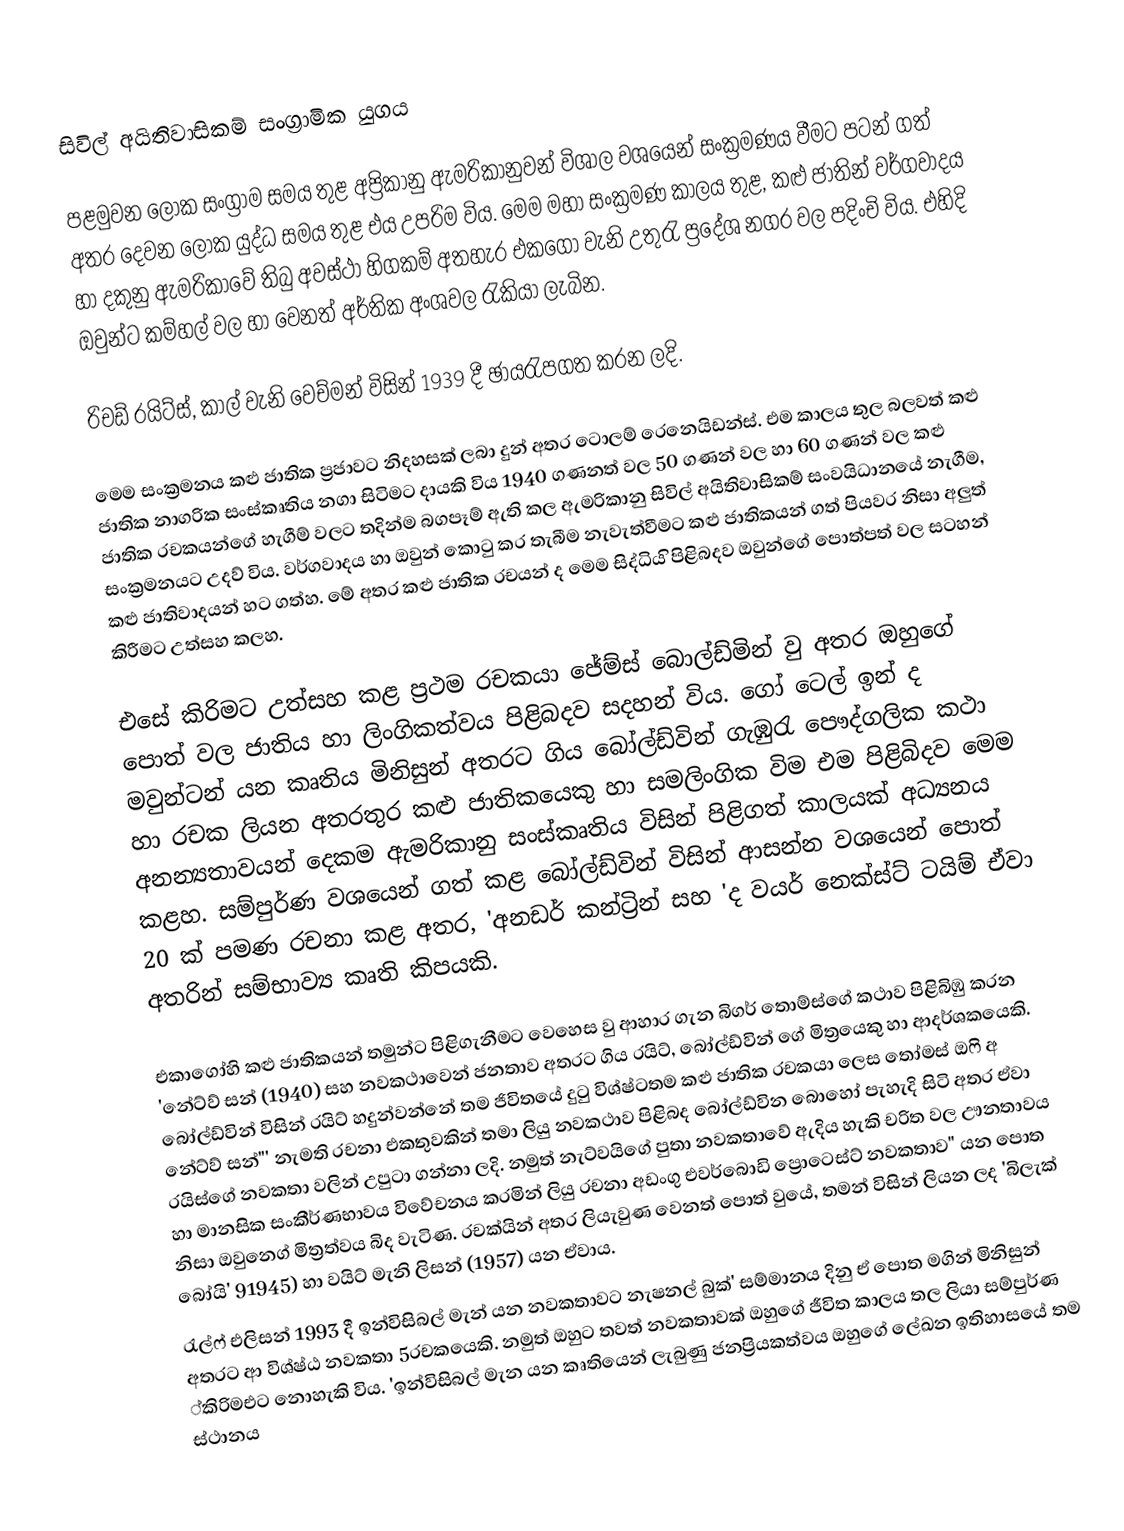
සිවිල් අයිතිවාසිකම් සංග්‍රාමික යුගය

	පළමුවන ලෝක සංග්‍රාම සමය තුළ අප්‍රිකානු ඇමරිකානුවන් විශාල වශයෙන් සංක්‍රමණය වීමට පටන් ගත් අතර දෙවන ලෝක යුද්ධ සමය තුළ එය උපරිම විය. මෙම මහා සංක්‍රමණ කාලය තුළ, කළු ජාතින් වර්ගවාදය හා දකුනු ඇමරික‍ාවේ තිබු අවස්ථා හිගකම් අතහැර එකගෝ වැනි උතුරැ ප්‍රදේශ නගර වල පදිංචි විය. එහිදි ඔවුන්ට කම්හල් වල හා වෙනත් අර්තික අංශවල රැකියා ලැබින.

රිචඩ් රයිට්ස්, කාල් වැනි වෙච්මන් විසින් 1939 දී ඡායරැපගත කරන ලදි.

	මෙම සංක්‍රමනය කළු ජාතික ප්‍රජාවට නිදහසක් ලබා දුන් අතර ටොලම් රෙනෙයිඩන්ස්. එම කාලය තුල බලවත් කළු ජාතික නාගරික සංස්කෘතිය නගා සිටිමට දායකි විය 1940 ගණනත් වල 50 ගණන් වල හා 60 ගණන් වල කළු ජාතික රචකයන්ගේ හැගීම් වලට තදින්ම බගපෑම් ඇති කල ඇමරිකානු සිවිල් අයිතිවාසිකම් සංවයිධානයේ නැගී‍ම, සංක්‍රමනයට උදව් විය. වර්ගවාදය හා ඔවුන් කොටු කර තැබී‍ම නැවැත්වීමට කළු ජාතිකයන් ගත් පියවර නිසා අලුත් කළු ජාතිවාදයන් හට ගත්හ. මේ අතර කළු ජාතික රචයන් ද මෙම සිද්ධිය ිපිළිබදව ඔවුන්ගේ පොත්පත් වල සටහන් කිරීමට උත්සහ කලහ.

	එසේ කිරිමට උත්සහ කළ ප්‍රථම රචකයා ජේම්ස් බොල්ඩ්මින් වු අතර ඔහුගේ පොත් වල ජාතිය හා ලිංගිකත්වය පිළිබදව සදහන් විය. ගෝ ටෙල් ඉන් ද මවුන්ටන් යන කෘතිය මිනිසුන් අතරට ගිය බෝල්ඩ්වින් ගැඹුරැ පෞද්ගලික කථා හා රචක ලියන අතරතුර කළු ජාතිකයෙකු හා සමලිංගික විම එම පිළිබිදව මෙම අනන්‍යතාවයන් දෙකම ඇමරිකානු සංස්කෘතිය විසින් පිළිගත් කාලයක් අධ්‍යනය කළහ. සම්පුර්ණ වශයෙන් ගත් කළ බෝල්ඩ්වින් විසින් ආසන්න වශයෙන් පොත් 20 ක් පමණ රචනා කළ අතර, 'අනඩර් කන්ට්‍රින් සහ 'ද වයර් නෙක්ස්ට් ටයිම් ඒවා අතරින් සම්භාව්‍ය කෘති කිපයකි.

	එකාගෝහි කළු ජාතිකයන් තමුන්ට පිළිගැනීමට වෙහෙස වු ආහාර ගැන බිගර් තොම්ස්ගේ කථාව පිළිබිඹු කරන 'නේට්ව් සන් (1940) සහ නවකථාවෙන් ජනතාව අතරට ගිය රයිට්, බෝල්ඩ්වින් ගේ මිත්‍රයෙකු හා ආදර්ශ‍කයෙකි. බෝල්ඩ්වින් විසින් රයිට් හදුන්වන්නේ තම ජිවිතයේ දුටු විශ්ෂ්ටතම කළු ජාතික රචකයා ලෙස තෝමස් ඔෆි අ නේට්ව් සන්"' නැමති රචනා එකතුවකින් තමා ලියු නවකථාව පිළිබද බෝල්ඩ්වින බොහෝ පැහැදි සිටි අතර ඒවා රයිස්ගේ නවකතා වලින් උපුටා ගන්නා ලදි. නමුත් නැට්වයිගේ පුතා නවකතාවේ ඇදිය හැකි චරිත වල ඌනතාවය හා මානසික සංකීර්ණභාවය විවේචනය කරමින් ලියු රචනා ‍අඩංගු එවර්බොඩි ප්‍රොටෙස්ට් නවකතාව" යන පොත නිසා ඔවුන‍්ගේ මිත්‍රත්වය බිද වැටිණ. රචක්යින් අතර ලියැවුණ වෙනත් පොත් වුයේ, තමන් විසින් ලියන ලද 'බිලැක් බෝයි' 91945) හා වයිට් මැනි ලිසන් (1957) යන ඒවාය.
	රැල්ෆ් එලිසන් 1993 දී ඉන්විසිබල් මැන් යන නවකතාවට නැෂනල් බුක්' සම්මානය දිනු ඒ පොත මගින් මිනිසුන් අතරට ආ විශ්ෂ්ඨ නවකතා 5රචකයෙකි. නමුත් ඔහුට තවත් නවකතාවක් ඔහුගේ ජීවිත කාලය තල ලියා සම්පුර්ණ ්කිරිමඑට නොහැකි විය. 'ඉන්විසිබල් මැන යන කෘතියෙන් ලැබුණු ජනප්‍රියකත්ව‍ය ඔහුගේ ලේඛන ඉතිහාසයේ තම ස්ථානය